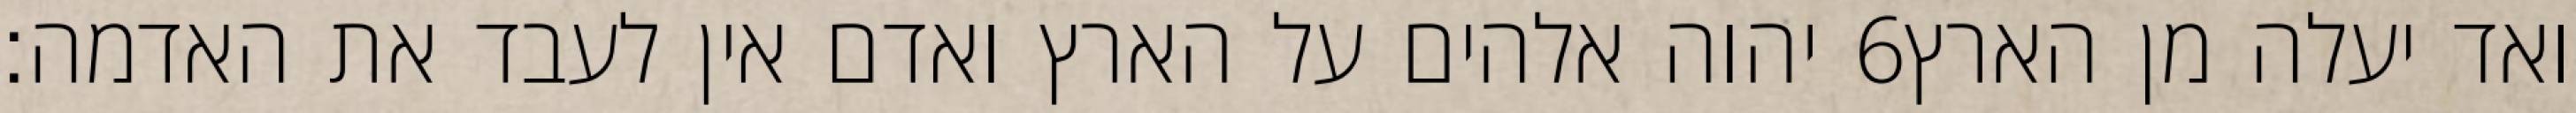
יהוה אלהים על הארץ ואדם אין לעבד את האדמה׃ ‎6‏ ואד יעלה מן הארץ